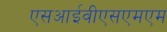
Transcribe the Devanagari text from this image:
एसआईवीएसएमएम